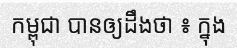
កម្ពុជា បានឲ្យដឹងថា ៖ ក្នុង